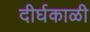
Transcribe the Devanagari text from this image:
दीर्घकाळी